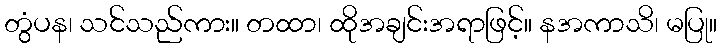
တွံပန၊ သင်သည်ကား။ တထာ၊ ထိုအချင်းအရာဖြင့်။ နအကာသိ၊ မပြု။